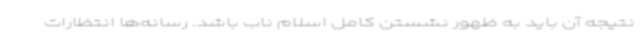
نتیجه آن باید به ظهور نشستن کامل اسلام ناب باشد. رسانه‌ها انتظارات